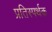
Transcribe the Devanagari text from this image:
प्रतिस्पर्थक